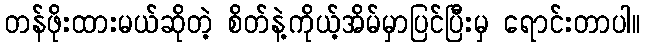
တန်ဖိုးထားမယ်ဆိုတဲ့ စိတ်နဲ့ကိုယ့်အိမ်မှာပြင်ပြီးမှ ရောင်းတာပါ။